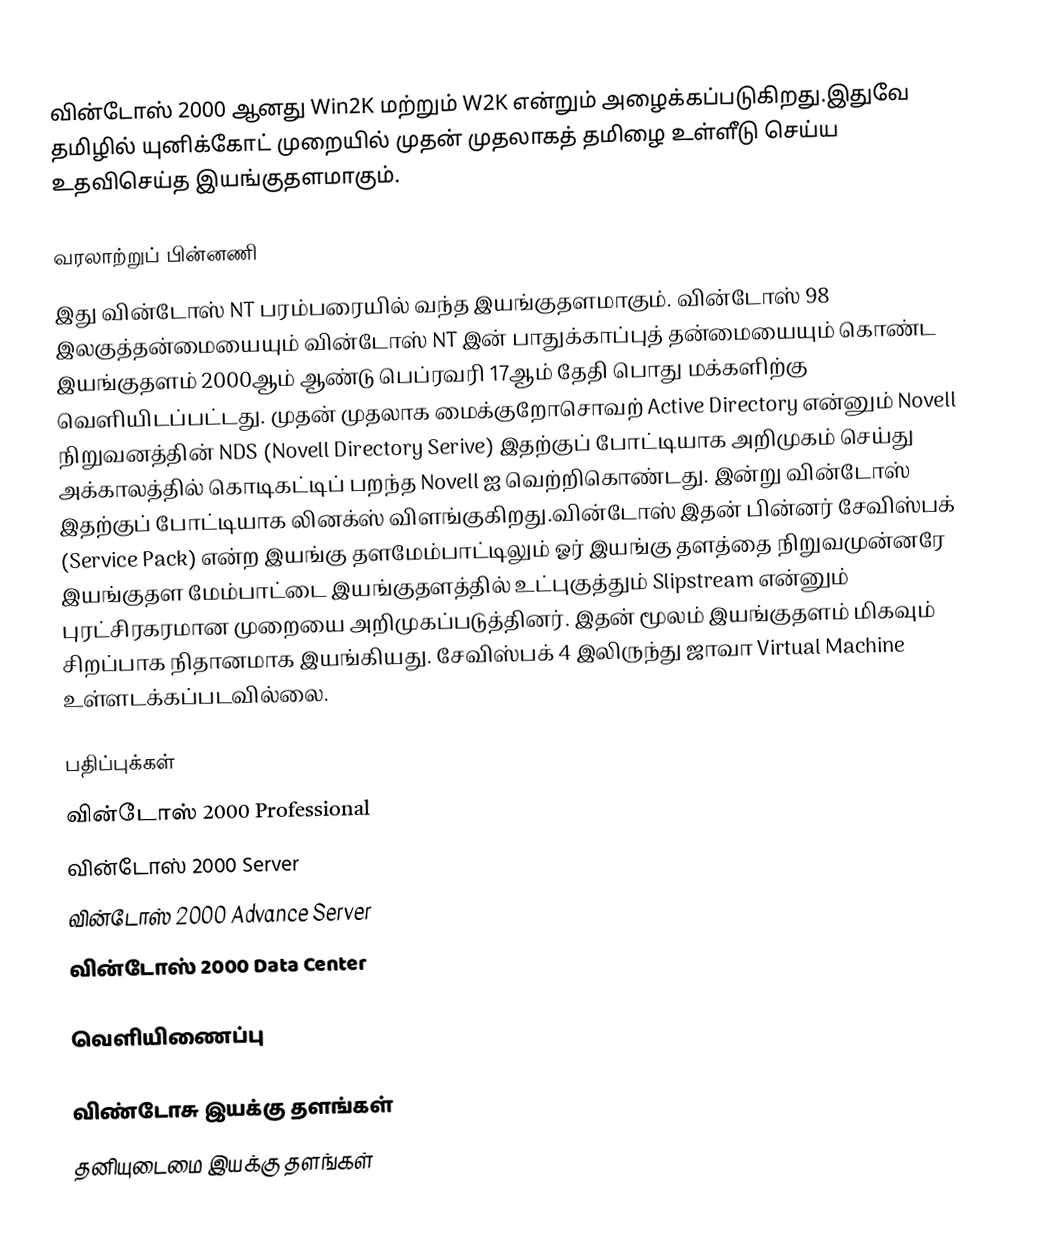
வின்டோஸ் 2000 ஆனது Win2K மற்றும் W2K என்றும் அழைக்கப்படுகிறது.இதுவே தமிழில் யுனிக்கோட் முறையில் முதன் முதலாகத் தமிழை உள்ளீடு செய்ய உதவிசெய்த இயங்குதளமாகும்.

வரலாற்றுப் பின்னணி
இது வின்டோஸ் NT பரம்பரையில் வந்த இயங்குதளமாகும். வின்டோஸ் 98 இலகுத்தன்மையையும் வின்டோஸ் NT இன் பாதுக்காப்புத் தன்மையையும் கொண்ட இயங்குதளம் 2000ஆம் ஆண்டு பெப்ரவரி 17ஆம் தேதி பொது மக்களிற்கு வெளியிடப்பட்டது. முதன் முதலாக மைக்குறோசொவற் Active Directory என்னும் Novell நிறுவனத்தின் NDS (Novell Directory Serive) இதற்குப் போட்டியாக அறிமுகம் செய்து அக்காலத்தில் கொடிகட்டிப் பறந்த Novell ஐ வெற்றிகொண்டது. இன்று வின்டோஸ் இதற்குப் போட்டியாக லினக்ஸ் விளங்குகிறது.வின்டோஸ் இதன் பின்னர் சேவிஸ்பக் (Service Pack) என்ற இயங்கு தளமேம்பாட்டிலும் ஓர் இயங்கு தளத்தை நிறுவமுன்னரே இயங்குதள மேம்பாட்டை இயங்குதளத்தில் உட்புகுத்தும் Slipstream என்னும் புரட்சிரகரமான முறையை அறிமுகப்படுத்தினர். இதன் மூலம் இயங்குதளம் மிகவும் சிறப்பாக நிதானமாக இயங்கியது. சேவிஸ்பக் 4 இலிருந்து ஜாவா Virtual Machine உள்ளடக்கப்படவில்லை.

பதிப்புக்கள்
 வின்டோஸ் 2000 Professional
 வின்டோஸ் 2000 Server
 வின்டோஸ் 2000 Advance Server
 வின்டோஸ் 2000 Data Center

வெளியிணைப்பு

விண்டோசு இயக்கு தளங்கள்
தனியுடைமை இயக்கு தளங்கள்